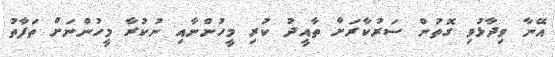
އޭނާ ވިދާޅުވި ގޮތުން ސަރުކާރަށް ތާއީދު ކުރި މީހުންނާއި ނުކުރާ މީހުންނަށް ތަފާތު